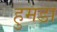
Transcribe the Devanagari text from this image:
हुमडा